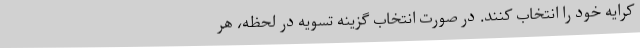
کرایه خود را انتخاب کنند. در صورت انتخاب گزینه تسویه در لحظه، هر